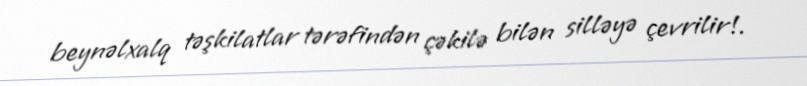
beynəlxalq təşkilatlar tərəfindən çəkilə bilən silləyə çevrilir!.